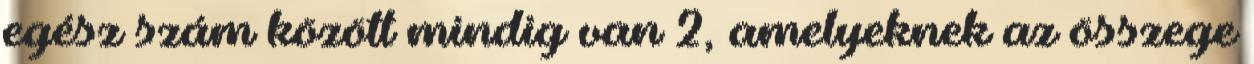
egész szám között mindig van 2, amelyeknek az összege